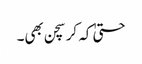
حتیٰ کہ کرسچن بھی۔